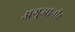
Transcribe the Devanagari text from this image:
अगुआनी।